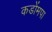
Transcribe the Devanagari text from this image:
कडोंमपा